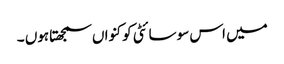
میں اس سوسائٹی کو کنواں سمجھتاہوں ۔